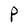
Character: P